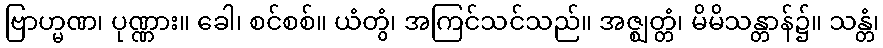
ဗြာဟ္မဏ၊ ပုဏ္ဏား။ ခေါ၊ စင်စစ်။ ယံတွံ၊ အကြင်သင်သည်။ အဇ္ဈတ္တံ၊ မိမိသန္တာန်၌။ သန္တံ၊